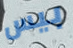
بيس